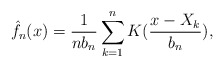
\begin{align*}\hat{f}_{n}(x)=\frac{1}{nb_{n}}\sum_{k=1}^{n}K(\frac{x-X_{k}}{b_{n}}),\end{align*}